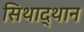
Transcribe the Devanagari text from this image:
सिथाद्थान